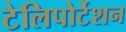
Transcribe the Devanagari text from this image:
टेलिपोर्टेशन